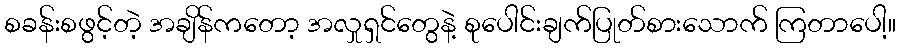
စခန်းစဖွင့်တဲ့ အချိန်ကတော့ အလှုရှင်တွေနဲ့ စုပေါင်းချက်ပြုတ်စားသောက် ကြတာပေါ့။